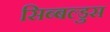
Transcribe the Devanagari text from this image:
सिब्बल्डुस